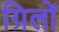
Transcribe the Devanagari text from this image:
ग्रिलों